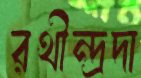
রথীন্দ্রদা